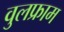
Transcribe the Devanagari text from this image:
वुलफ्राम